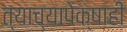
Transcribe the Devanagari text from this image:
त्याच्यापेक्षाही